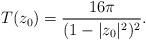
LaTeX: \begin{align*} T(z_0) = \frac{16 \pi}{(1 - |z_0|^2)^2}. \end{align*}